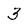
Character: 3